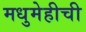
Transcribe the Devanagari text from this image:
मधुमेहीची